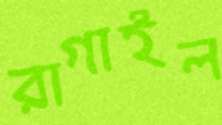
রাগাইল